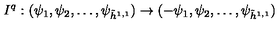
I ^ { q } : ( \psi _ { 1 } , \psi _ { 2 } , \dots , \psi _ { \tilde { h } ^ { 1 , 1 } } ) \to ( - \psi _ { 1 } , \psi _ { 2 } , \dots , \psi _ { \tilde { h } ^ { 1 , 1 } } )